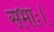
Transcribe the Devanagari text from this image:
सभाः।